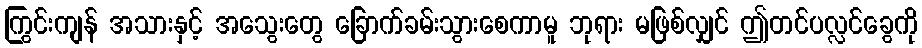
ကြွင်းကျန် အသားနှင့် အသွေးတွေ ခြောက်ခမ်းသွားစေကာမူ ဘုရား မဖြစ်လျှင် ဤတင်ပလ္လင်ခွေကို